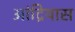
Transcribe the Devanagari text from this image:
आंद्रियास